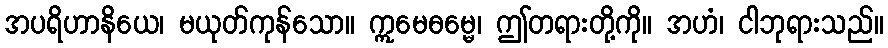
အပရိဟာနိယေ၊ မယုတ်ကုန်သော။ ဣမေဓမ္မေ၊ ဤတရားတို့ကို။ အဟံ၊ ငါဘုရားသည်။